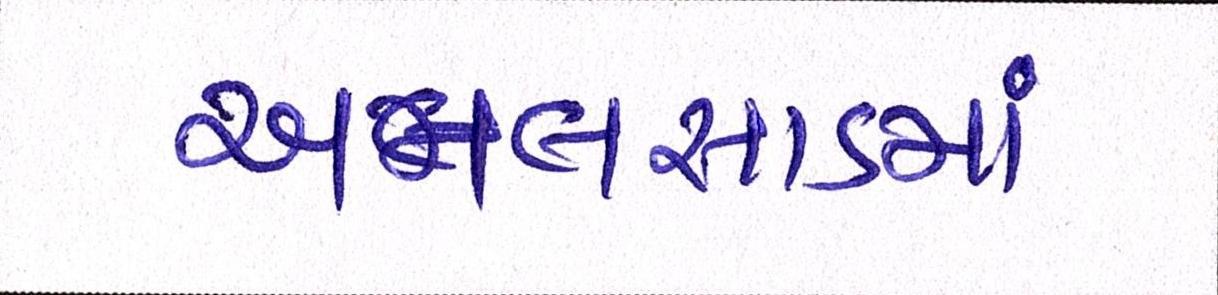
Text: અમલસાડમાં